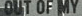
OUT OF MY